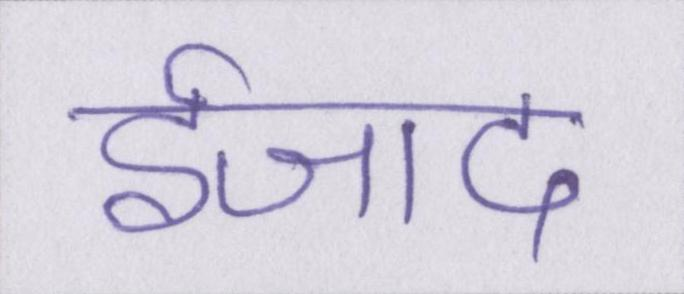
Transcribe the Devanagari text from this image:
ईजाद